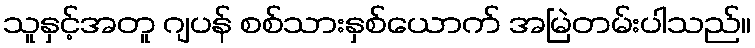
သူနှင့်အတူ ဂျပန် စစ်သားနှစ်ယောက် အမြဲတမ်းပါသည်။